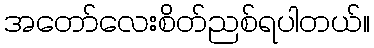
အတော်လေးစိတ်ညစ်ရပါတယ်။